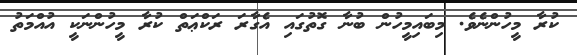
ކުރާ މީހުންނެވެ. މިބައިމީހުން ބުނާ ގޮތުގައި އެގާރަ ރަކްޢަތް ކުރާ މީހުންނަކީ އުއްމަތު